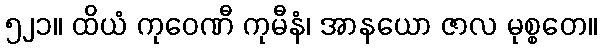
၅၂၁။ ထိယံ ကုဝေဏီ ကုမီနံ၊ အာနယော ဇာလ မုစ္စတေ။